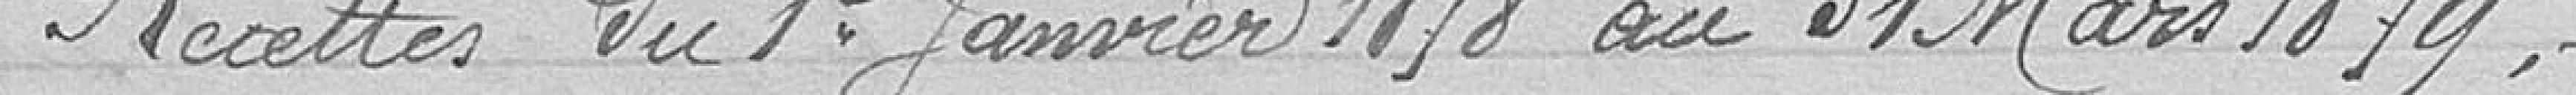
Recettes du 1er janvier 1878 au 31 mars 1879